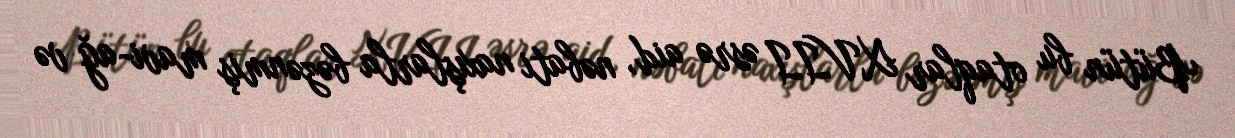
Bütün bu otaqlar XVII əsrə aid, nəbati naxışlarla bəzənmiş mavi-ağ və